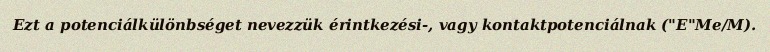
Ezt a potenciálkülönbséget nevezzük érintkezési-, vagy kontaktpotenciálnak ("E"Me/M).